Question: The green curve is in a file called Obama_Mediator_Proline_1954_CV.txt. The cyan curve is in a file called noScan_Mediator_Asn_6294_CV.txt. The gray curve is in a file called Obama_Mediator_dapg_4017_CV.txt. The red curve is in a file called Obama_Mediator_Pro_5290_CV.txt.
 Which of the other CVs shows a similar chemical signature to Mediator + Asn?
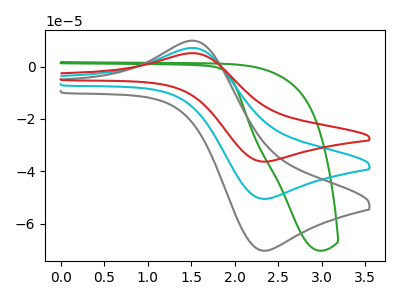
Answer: <think>The green curve "Mediator + Proline" has no peaks. The cyan curve "Mediator + Asn" has an anodic peak at (1.55V, 7.00uA) and a cathodic peak at (2.35V, -50.50uA). The gray curve "Mediator + dapg" has an anodic peak at (1.55V, 9.75uA) and a cathodic peak at (2.35V, -70.25uA). The red curve "Mediator + Pro" has an anodic peak at (1.55V, 14.05uA) and a cathodic peak at (2.35V, -101.00uA).
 "Mediator + Proline" and "Mediator + Asn" have a different number of peaks. "Mediator + Proline" and "Mediator + dapg" have a different number of peaks. "Mediator + Proline" and "Mediator + Pro" have a different number of peaks. All the peaks in "Mediator + Asn" have a peak in "Mediator + dapg" at the same potential. Every peak in "Mediator + Asn" is lower than every peak in "Mediator + dapg". All the peaks in "Mediator + Asn" have a peak in "Mediator + Pro" at the same potential. Every peak in "Mediator + Asn" is lower than every peak in "Mediator + Pro". All the peaks in "Mediator + dapg" have a peak in "Mediator + Pro" at the same potential. Every peak in "Mediator + dapg" is lower than every peak in "Mediator + Pro".</think>
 <answer>"Mediator + Asn" and "Mediator + Pro" have a similar shape to "Mediator + dapg".</answer>
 <eval>"Mediator + Asn" "Mediator + Pro"</eval>